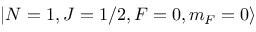
\left| N = 1 , J = 1 / 2 , F = 0 , m _ { F } = 0 \right\rangle